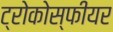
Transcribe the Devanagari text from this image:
ट्रोकोस्फीयर